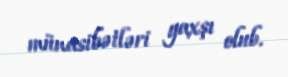
münasibətləri yaxşı olub.